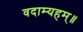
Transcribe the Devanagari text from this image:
वदाम्यहम्॥